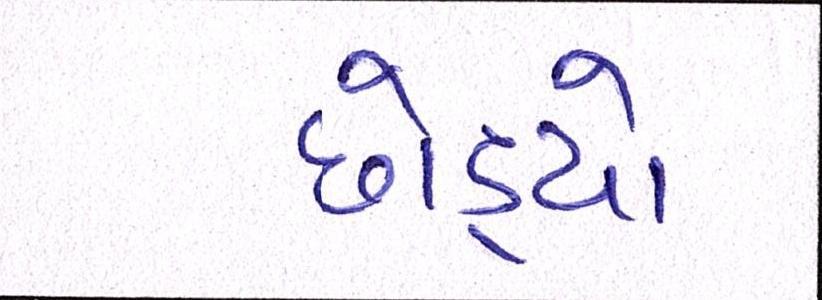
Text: છોડ્યો